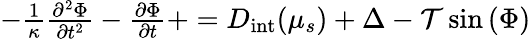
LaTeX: \begin{array}{r}{-\frac{1}{\kappa}\frac{\partial^{2}\Phi}{\partial{t}^{2}}-\frac{\partial\Phi}{\partial{t}}+=D_{\mathrm{int}}(\mu_{s})+\Delta-\mathcal{T}\sin{\left(\Phi\right)}}\end{array}